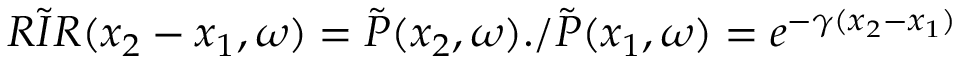
\Tilde { R I R } ( x _ { 2 } - x _ { 1 } , \omega ) = \Tilde { P } ( x _ { 2 } , \omega ) . / \Tilde { P } ( x _ { 1 } , \omega ) = e ^ { - \gamma ( x _ { 2 } - x _ { 1 } ) }